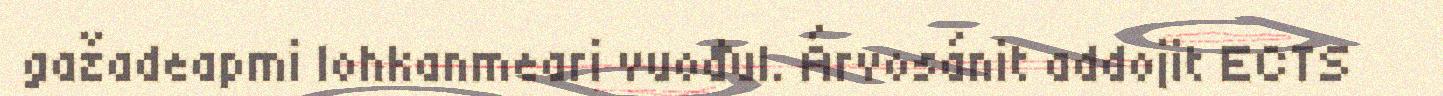
gažadeapmi lohkanmeari vuođul. Árvosánit addojit ECTS